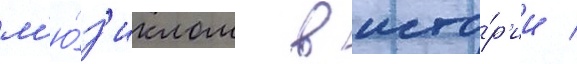
м'ю́з'иклом в исто́р'ии /